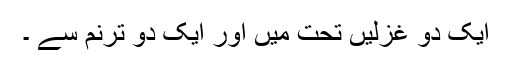
ایک دو غزلیں تحت میں اور ایک دو ترنم سے ۔